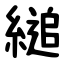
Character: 縋